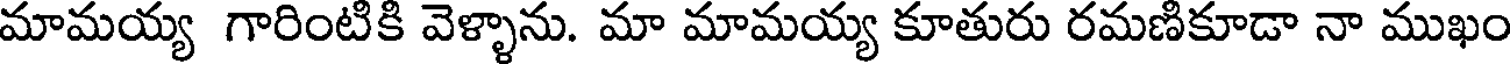
మామయ్య గారింటికి వెళ్ళాను. మా మామయ్య కూతురు రమణికూడా నా ముఖం